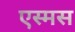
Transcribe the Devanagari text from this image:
एस्मस